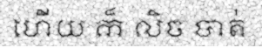
ហើយ ក៏ លិច បាត់